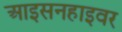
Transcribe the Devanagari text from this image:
आइसनहाइवर